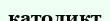
католикт